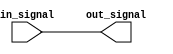
module NonInvertingBuffer (
    input wire in_signal,
    output reg out_signal
);

assign out_signal = in_signal;

endmodule